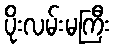
ပိုးလမ်းမကြီး